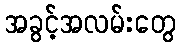
အခွင့်အလမ်းတွေ